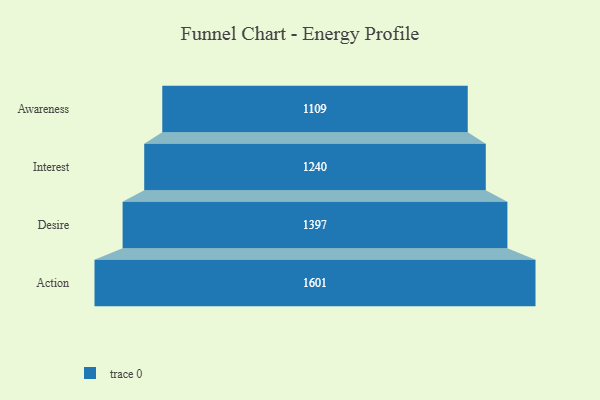
{"axis": {"x": "Stage", "y": "Value"}, "legend": [""], "data": [{"x": "Awareness", "y": 1109.0, "type": ""}, {"x": "Interest", "y": 1240.0, "type": ""}, {"x": "Desire", "y": 1397.0, "type": ""}, {"x": "Action", "y": 1601.0, "type": ""}]}